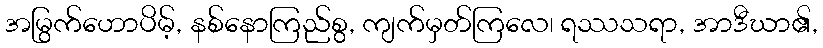
အမြွက်ဟောပိမ့်, နစ်နောကြည်စွ, ကျက်မှတ်ကြလေ၊ ရဿသရာ, အာဒီဃာ၏,